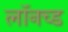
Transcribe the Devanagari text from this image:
लॉनच्ड